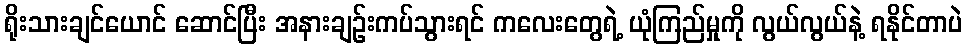
ရိုးသားချင်ယောင် ဆောင်ပြီး အနားချဉ်းကပ်သွားရင် ကလေးတွေရဲ့ ယုံကြည်မှုကို လွယ်လွယ်နဲ့ ရနိုင်တာပဲ